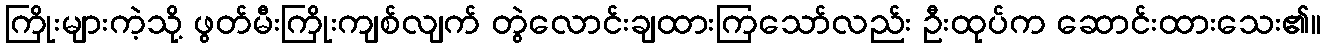
ကြိုးများကဲ့သို့ ဖွတ်မီးကြိုးကျစ်လျက် တွဲလောင်းချထားကြသော်လည်း ဦးထုပ်က ဆောင်းထားသေး၏။